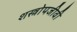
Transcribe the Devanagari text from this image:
शस्त्रोपजीवी